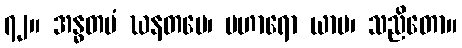
၇၂။ အန္ဓတမံ ဃနတမေ၊ ပဟာရော ယာမ၊ သညိတော။